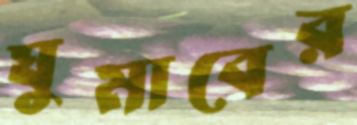
ঘুমাবের